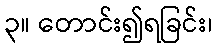
၃။ တောင်း၍ရခြင်း၊